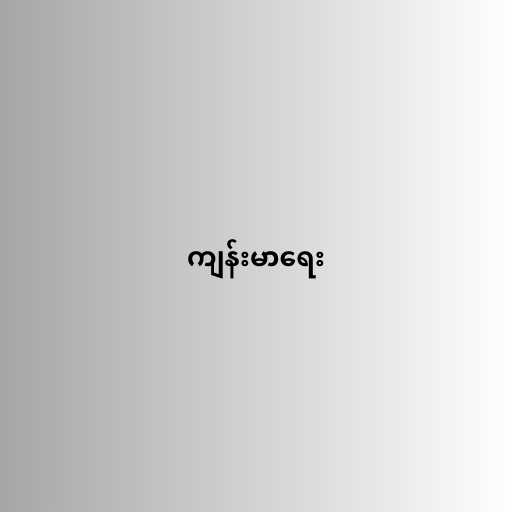
ကျန်းမာရေး